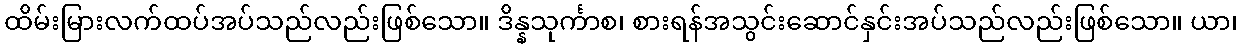
ထိမ်းမြားလက်ထပ်အပ်သည်လည်းဖြစ်သော။ ဒိန္နသုင်္ကာစ၊ စားရန်အသွင်းဆောင်နှင်းအပ်သည်လည်းဖြစ်သော။ ယာ၊